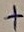
Text: +